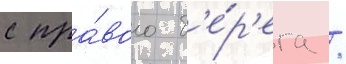
с пра́вого б'е́р'ега /